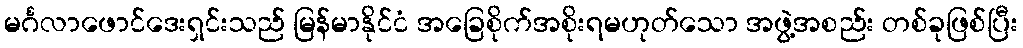
မင်္ဂလာဖောင်ဒေးရှင်းသည် မြန်မာနိုင်ငံ အခြေစိုက်အစိုးရမဟုတ်သော အဖွဲ့အစည်း တစ်ခုဖြစ်ပြီး